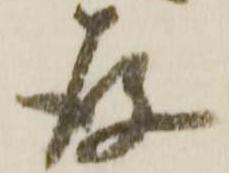
存